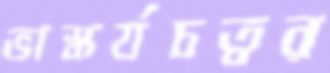
ভাস্কর্যচত্বর